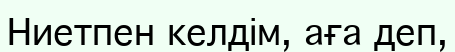
Ниетпен келдім, аға деп,